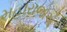
મહારાજોએ